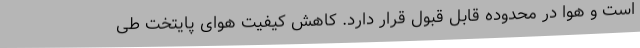
است و هوا در محدوده قابل قبول قرار دارد. کاهش کیفیت هوای پایتخت طی